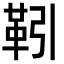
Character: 靷